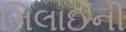
ભિલાઈની